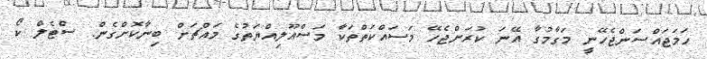
ހަމަޖައްސަންޖެހޭނީ މަގާމުގާ އޭނަ ކުރަންޖެހޭ މަސައްކަތްތަކާ މަސްއޫލިއްޔަތުގެ މައްޗަށް ބިނާކޮށްގެން. ސްޓެލް ކޯ